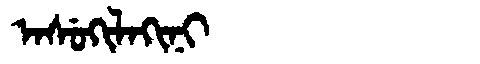
Manchu: ᠠᠰᡠᡴᡳᠯᠠᡴᡳᠨᡳ
Romanization: ASUKILAKINI